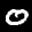
Label: 0